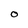
Character: O